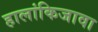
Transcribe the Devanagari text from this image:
हालांकिजावा